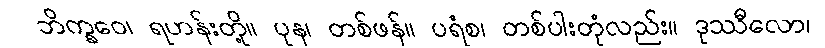
ဘိက္ခဝေ၊ ရဟန်းတို့။ ပုန၊ တစ်ဖန်။ ပရံစ၊ တစ်ပါးတုံလည်း။ ဒုဿီလော၊